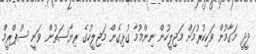
ދީދީ މަގާމުން ވަކިކުރުމަށް މަޖިލީހުން ނިންމުމާ ގުޅިގެން މަޖިލީހުގެ ރިޔާސަތުން ވަނީ ސުޕްރީމް